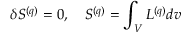
\delta S ^ { ( q ) } = 0 , \ \ \ S ^ { ( q ) } = \int _ { V } { \cal L } ^ { ( q ) } d v